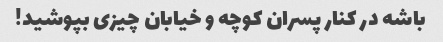
باشه در کنار پسران کوچه و خیابان چیزی بپوشید!